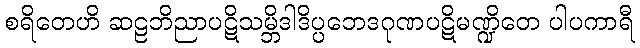
စရိတေဟိ ဆဠဘိညာပဋိသမ္ဘိဒါဒိပ္ပဘေဒဂုဏပဋိမဏ္ဍိတေ ပါပကာရီ